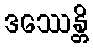
ဒဿေန္တိ